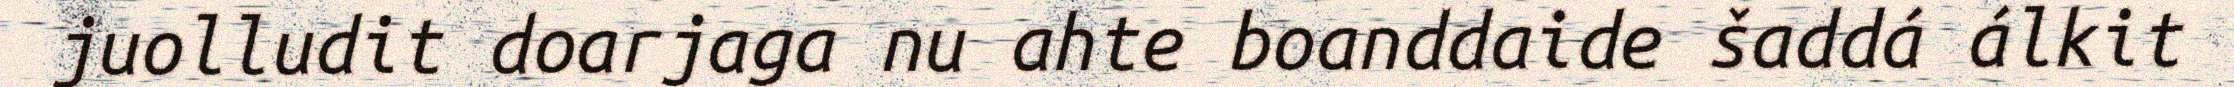
juolludit doarjaga nu ahte boanddaide šaddá álkit